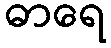
ဓာရေ